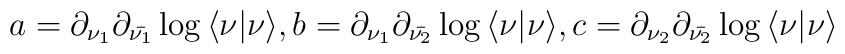
a = {\partial_{\nu_1}}{\partial_{\bar{\nu_1}}}\log{\langle \nu \vert \nu \rangle} , b = {\partial_{\nu_1}}{\partial_{\bar{\nu_2}}}\log{\langle \nu \vert \nu \rangle},       c = {\partial_{\nu_2}}{\partial_{\bar{\nu_2}}}\log{\langle \nu \vert \nu       \rangle}